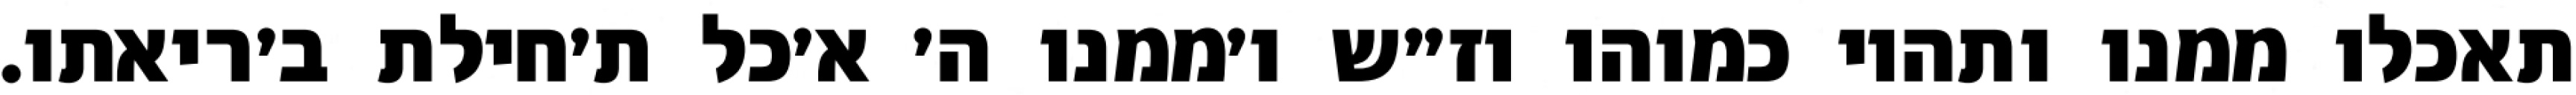
תאכלו ממנו ותהיו כמוהו וז״ש ו׳ממנו ה׳ א׳כל ת׳חילת ב׳ריאתו.